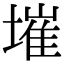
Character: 墔